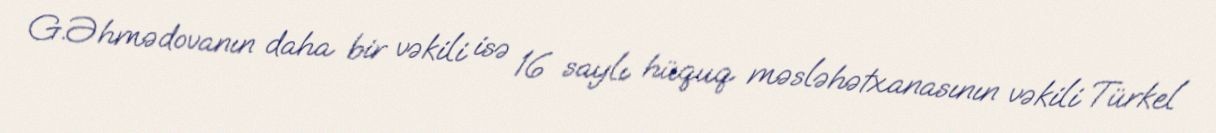
G.Əhmədovanın daha bir vəkili isə 16 saylı hüquq məsləhətxanasının vəkili Türkel